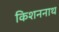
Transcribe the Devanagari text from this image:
किशननाथ